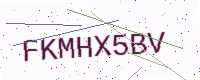
Text: FKMHX5BV